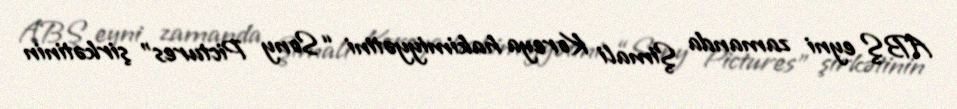
ABŞ eyni zamanda Şimali Koreya hakimiyyətini “Sony Pictures” şirkətinin